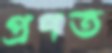
প্রণত